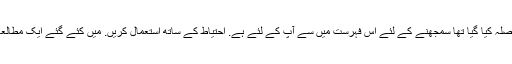
آپ پڑھ سکتے ہیں میڈیا میں اس فہرست کی تین-چھ سوالات میں گر کرنے کے لئے محبت. متک یا حقیقت, یہ فیصلہ کیا گیا تھا سمجھنے کے لئے اس فہرست میں سے آپ کے لئے ہے. احتیاط کے ساتھ استعمال کریں. میں کئے گئے ایک مطالعہ کی طرف سے امریکی ماہر نفسیات آرتھر یرن کرنے کا فیصلہ تحقیقات کے احساس کے خطرے کا سامنا ہے ۔